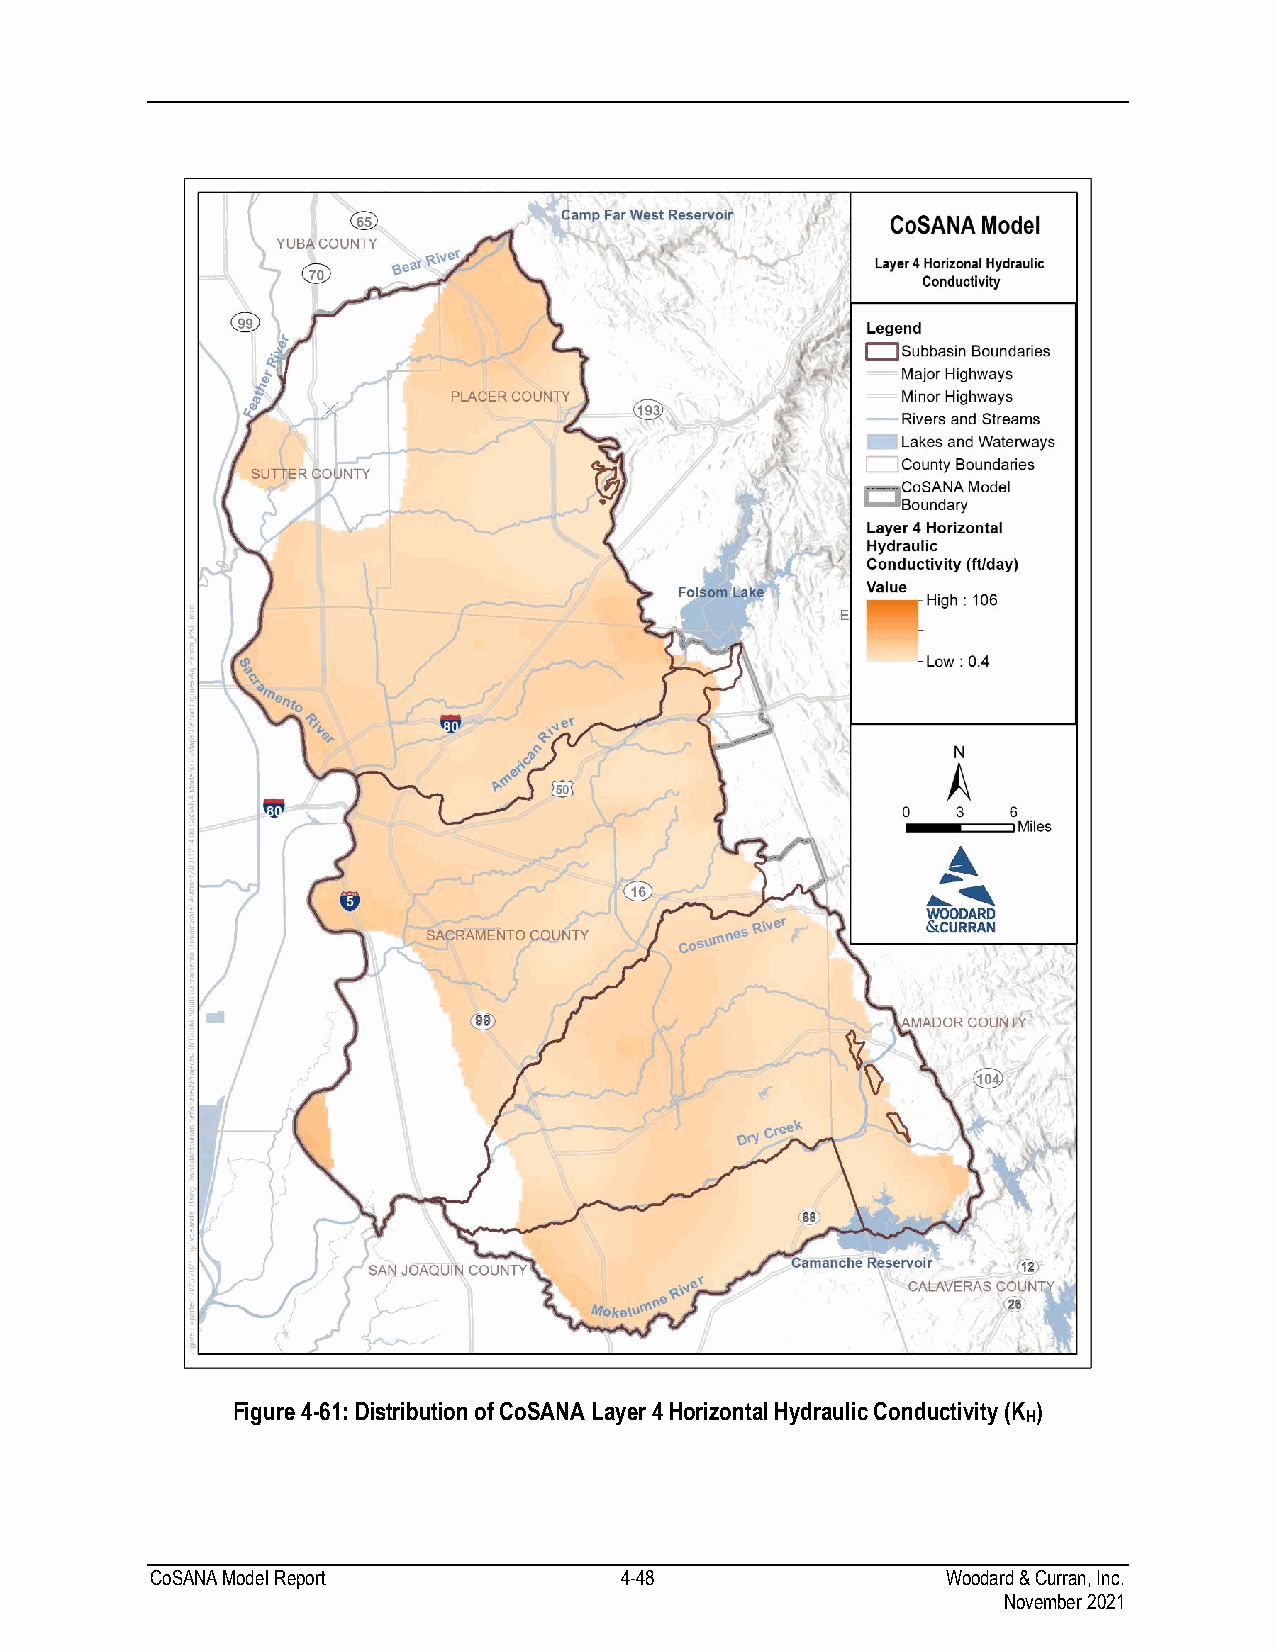
Figure 4-61: Distribution of CoSANA Layer 4 Horizontal Hydraulic Conductivity (K )
 H
 CoSANA Model Report            4-48                  Woodard & Curran, Inc.
 November 2021